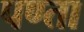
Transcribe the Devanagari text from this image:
पण्ता